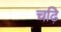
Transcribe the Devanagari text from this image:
चढ़ि